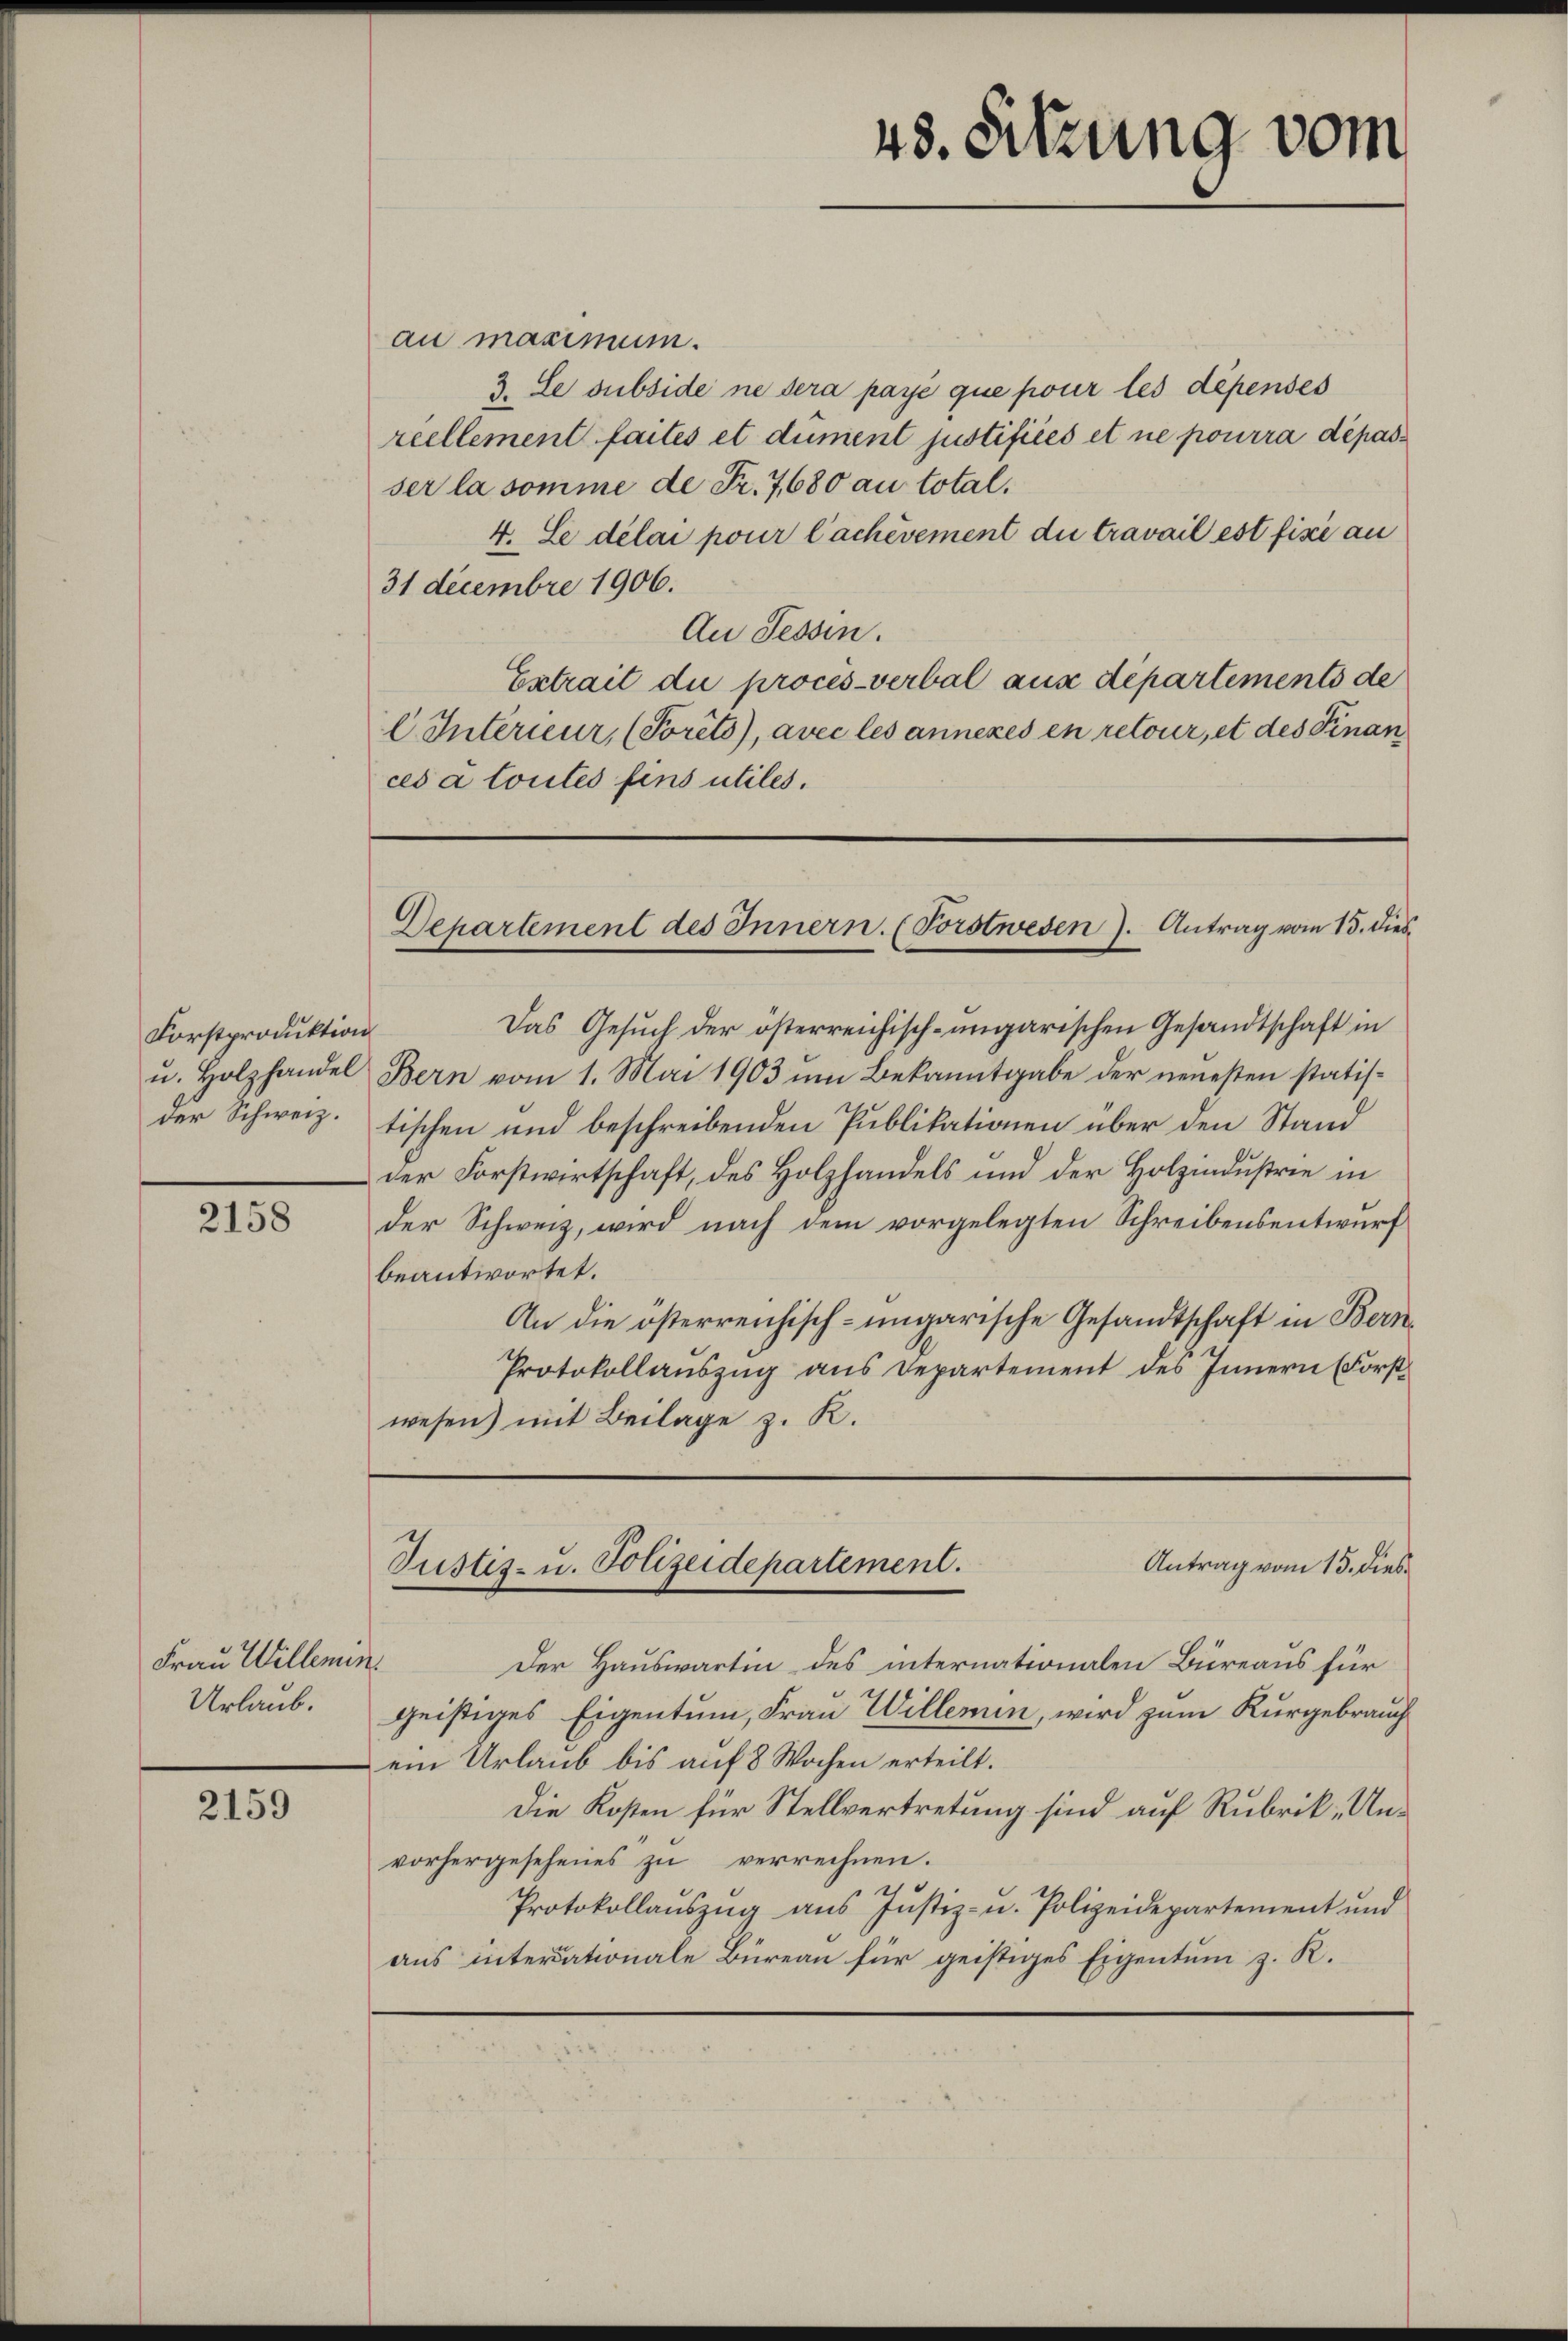
Forstproduktion
u. Holzhandel
der Schweiz.

2158

Frau Willemin
Urlaub.

2159

au maximum.
3. Le subside ne dera paye que pour les dépenses
reellement faites et dument justifices et ne pourra dépasser la somme de Fr. 7680 au total.
4. Ce délai pour lachévement die travail est fixe au
31 Decembre 1906.
An Tessin.
Extrait die procès-verbal aus departements de
C. Interieur, (Torêts), avec les annexes en retour, et des Finan
ces a toutes fins utiles.

48. Sitzung vom

Das Gesuch der österreichisch-ungarischen Gesandtschaft in
Bern vom 1. Mai 1903 um Bekanntgabe der neuesten statistischen und beschreibenden Publikationen über den Stand
der Forstwirtschaft, des Holzhandels und der Holzindustrie in
der Schweiz, wird nach dem vorgelegten Schreibensentwurf
beantwortet.
An die österreichisch-ungarische Gesandtschaft in Bern
Protokollauszug aus Departement des Innern (Forstwesen) mit Beilage z. R.

Departement des Innern. (Vorstwesen. Antrag vom 15. dies

Antrag vom 15. dies
Justiz- u. Polizeidepartement.

s
Der Hauswartin des internationalen Büreaus für
geistiges Eigentum, Frau Willemin, wird zum Kurgebrauch
ein Urlaub bis auf 8 Wochen erteilt.
Die Kosten für Stellvertretung sind auf Rubrik- Unvorhergesehenes zu verrechnen.
Protokollaŭszŭg ans Justiz- u. Polizeidepartement und
aus interationale Büreau für geistiges Eigentum z. R.